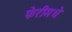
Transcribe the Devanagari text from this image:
फेरीमधे